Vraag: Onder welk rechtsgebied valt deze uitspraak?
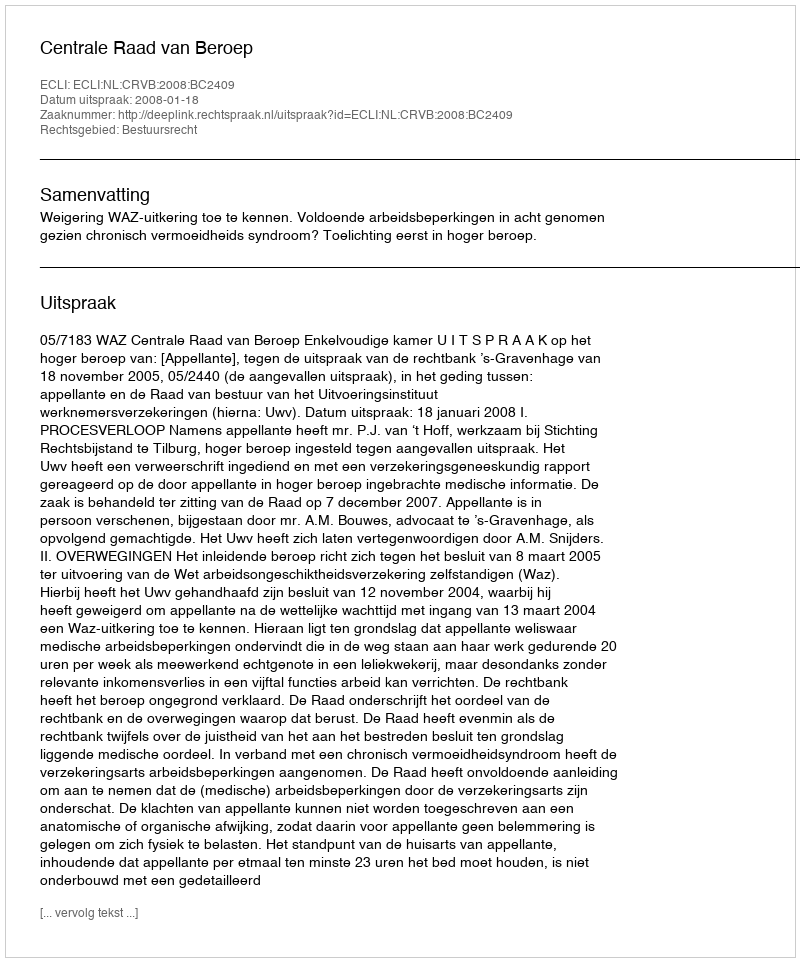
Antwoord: Bestuursrecht